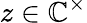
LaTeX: z\in\mathbb{C}^{\times}